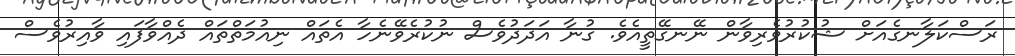
ރަސްކަލާނގެއަށް ޝުކުރުވެރިވާން ނޭނގޭތީއެވެ. ގުނާ އަދަދުވެސް ނުކުރެވޭނެހާ އެތައް ނިއުމަތްތައް ދެއްވާފައި ވާއިރުވެސް